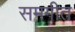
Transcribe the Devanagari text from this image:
समगीत